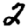
Digit: 2